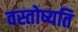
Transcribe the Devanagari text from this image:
वस्तोष्यति